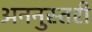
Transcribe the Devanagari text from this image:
अननुस्तरी